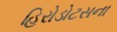
હિરોડોટસના